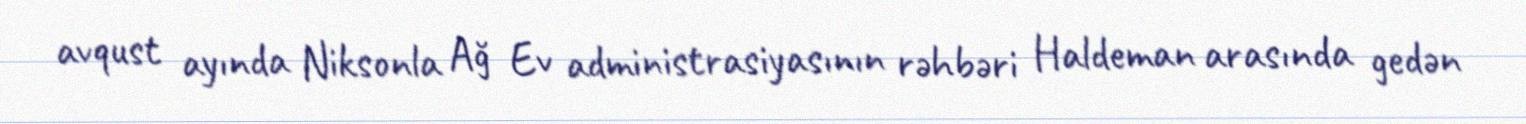
avqust ayında Niksonla Ağ Ev administrasiyasının rəhbəri Haldeman arasında gedən